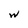
Character: W